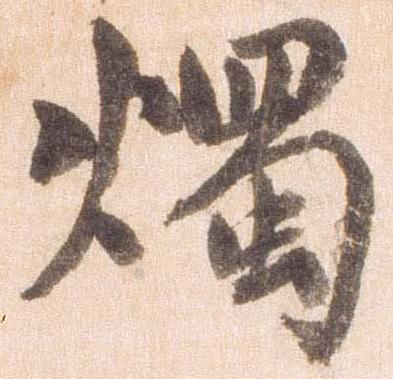
燭